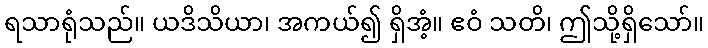
ရသာရုံသည်။ ယဒိသိယာ၊ အကယ်၍ ရှိအံ့။ ဧဝံ သတိ၊ ဤသို့ရှိသော်။